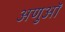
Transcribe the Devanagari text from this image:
अणुऑ